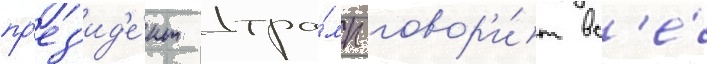
пр'ез'ид'е́нт тра́мп говор'и́т вс'е́